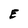
Character: E